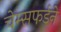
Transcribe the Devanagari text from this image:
चेम्सफर्डने